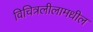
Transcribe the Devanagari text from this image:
विचित्रलीलामधील